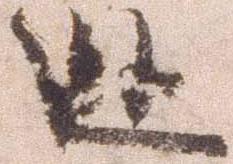
逃